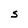
Character: S